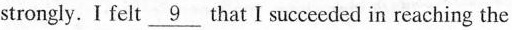
strongly. I felt\underline{9} that I succeeded in reaching the